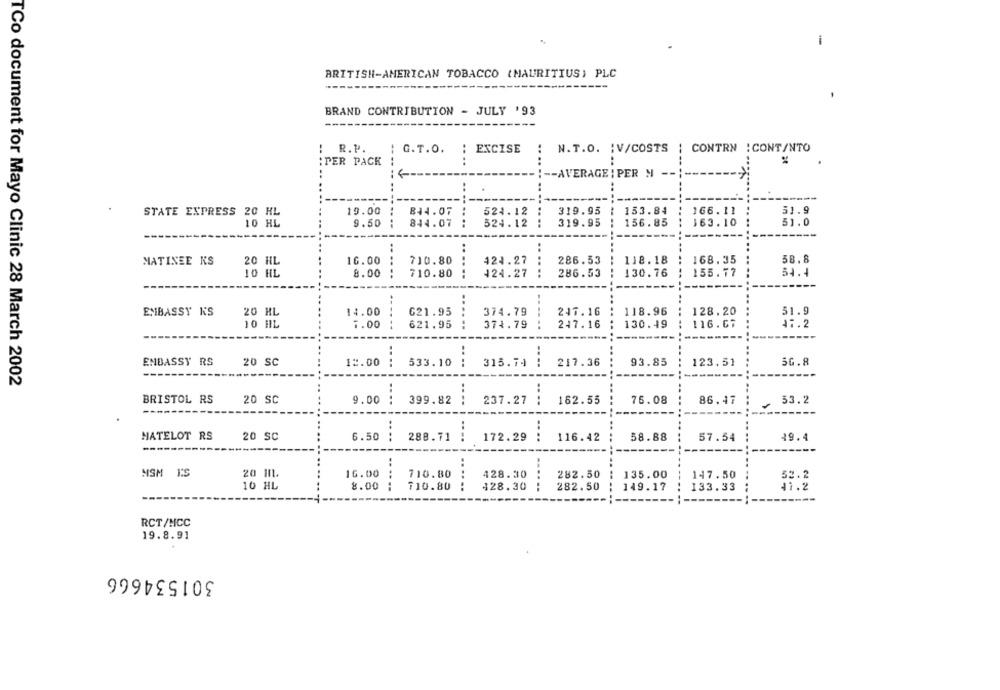
-
BRITISH-AMERICAN TOBACCO (MAURITIUS) PLC
---
---
BRAND CONTRIBUTION - JULY '93
R. P.
! G.T.O. : EXCISE
:
N.T.O. : V/COSTS
CONTRN : CONT/NTO
PER PACK
!-- AVERAGE : PER N --
----
STATE EXPRESS 20 HL
19.00
844.07
524.12
319.95
153.84
166.11
51.9
10 HL
9.50
844.07
524.12
... ..
319.95
156.85
163.10
51.0
MATINEE KS
20 HL
16.00
710.80
424.27
286.53
118.18
168.35
58.8
10 HL
8.00
.....
710.80
......
424.27
.. ....
286.53
130.76
155.77
54.4
20 HL
118.96
128.20
51.9
EMBASSY KS
14.00
621.95
374.79
.....
247.16
10 HL
7.00 !
621.95
374.79
247.16
130.49
116.67
15.2
......
:
EMBASSY RS
20 SC
12.00 :
533.10
315.74
217.36
93.85
123.51
5G.8
TCo document for Mayo Clinic 28 March 2002
BRISTOL RS
20 SC
9.00 :
399.82 :
237.27 :
162.55
76.08
86.47
53.2
....
MATELOT RS
20 SC
6.50 :
288.71
172.29 :
116.42
58.88
57.54
49.4
-----------
MSM 1:S
20 In.
16.00
710.80
428.30
282.50
135.00
147.50
52.2
10 HL
8.00
710.80
......
428.30
......
282.50
149.17
133.33
41.2
RCT/MCC
19.8.91
301534666